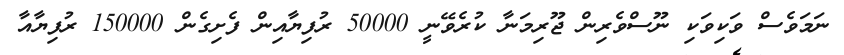
ނަމަވެސް ވަކިވަކި ނޫސްވެރިން ޖޫރިމަނާ ކުރެވޭނީ 50000 ރުފިޔާއިން ފެށިގެން 150000 ރުފިޔާއާ